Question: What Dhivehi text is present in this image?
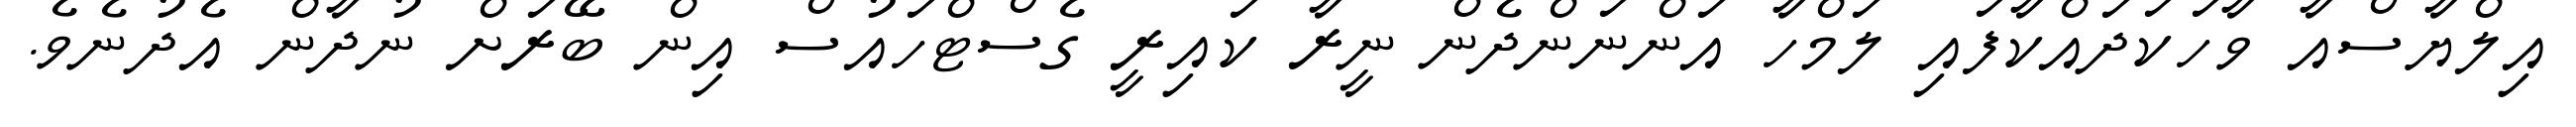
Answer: އިލްޔާސްއާ ވާހަކަދައްކާފައި ލަމްހާ އަންނަންދެން ނީރާ ކައިރީ ގެސްޓްހައުސް އިން ބޭރަށް ނުދާން އެދުނެވެ.